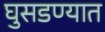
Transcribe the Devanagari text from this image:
घुसडण्यात